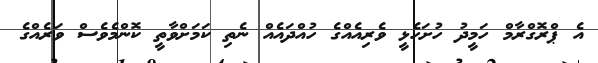
އެ ޕްރޮގްރާމް ހަމީދު ހުށަހެޅީ ވެރިއެއްގެ ހުއްދައެއް ނެތި ކަމަށްވާތީ ކޮންމެވެސް ވަރެއްގެ